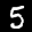
Label: 5